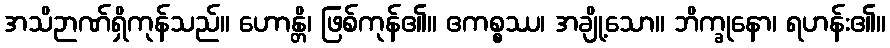
အသိဉာဏ်ရှိကုန်သည်။ ဟောန္တိ၊ ဖြစ်ကုန်၏။ ဧကစ္စဿ၊ အချို့သော။ ဘိက္ခုနော၊ ရဟန်း၏။